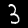
Label: 3